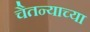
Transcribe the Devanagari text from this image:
चैतन्याच्या